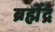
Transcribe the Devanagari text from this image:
ब्रह्मेंद्र